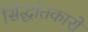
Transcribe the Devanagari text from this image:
सिंद्धांतकारों